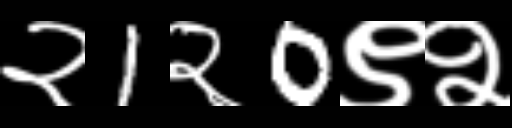
Text: २1२0९२